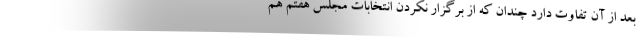
بعد از آن تفاوت دارد چندان که از برگزار نکردن انتخابات مجلس هفتم هم